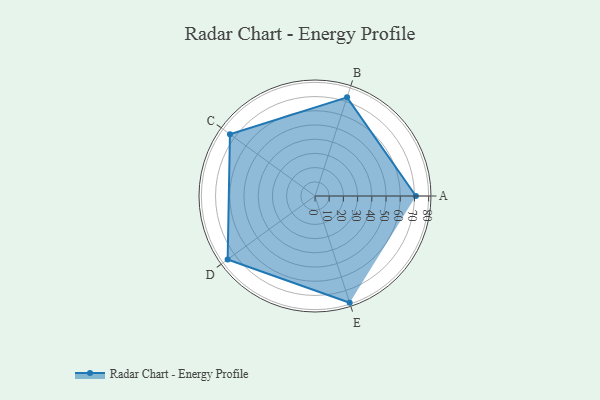
{"axis": {"x": "Skill", "y": "Score"}, "legend": ["Profile"], "data": [{"x": "A", "y": 71.0, "type": "Profile"}, {"x": "B", "y": 73.0, "type": "Profile"}, {"x": "C", "y": 74.0, "type": "Profile"}, {"x": "D", "y": 76.0, "type": "Profile"}, {"x": "E", "y": 79.0, "type": "Profile"}]}